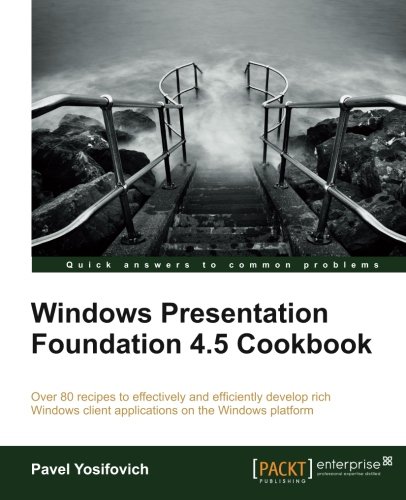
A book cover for Windows Presentation Foundation 4.5 Cookbook; Pavel Yosifovich; Computers & Technology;